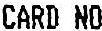
CARD NO